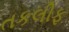
તકલીફ